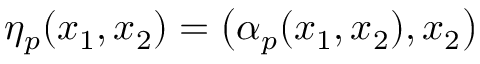
\eta _ { p } ( x _ { 1 } , x _ { 2 } ) = \big ( \alpha _ { p } ( x _ { 1 } , x _ { 2 } ) , x _ { 2 } \big )